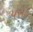
પરોડ